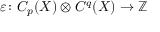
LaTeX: \varepsilon \colon C _ { p } ( X ) \otimes C ^ { q } ( X ) \to \mathbb { Z }